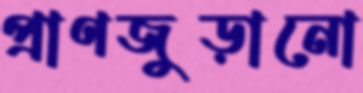
প্রাণজুড়ানো